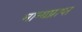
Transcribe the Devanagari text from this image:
मान्यप्राप्त